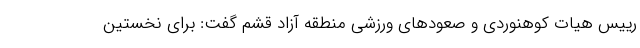
رییس هیات کوهنوردی و صعودهای ورزشی منطقه آزاد قشم گفت: برای نخستین